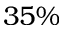
3 5 \%